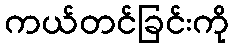
ကယ်တင်ခြင်းကို